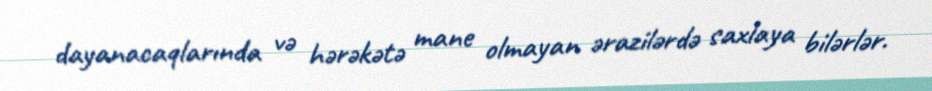
dayanacaqlarında və hərəkətə mane olmayan ərazilərdə saxlaya bilərlər.